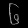
Digit: ၆